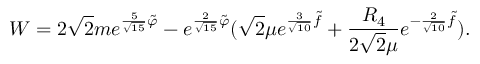
W = 2 \sqrt { 2 } m e ^ { { \frac { 5 } { \sqrt { 1 5 } } } \tilde { \varphi } } - e ^ { { \frac { 2 } { \sqrt { 1 5 } } } \tilde { \varphi } } ( \sqrt { 2 } \mu e ^ { { \frac { 3 } { \sqrt { 1 0 } } } \tilde { f } } + { \frac { R _ { 4 } } { 2 \sqrt { 2 } \mu } } e ^ { - { \frac { 2 } { \sqrt { 1 0 } } } \tilde { f } } ) .